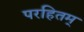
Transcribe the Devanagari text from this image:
परहितम्